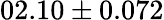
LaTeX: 02.10\pm 0.072